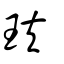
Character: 玞